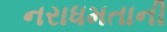
નરાધમતાની